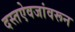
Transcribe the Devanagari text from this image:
दस्तऐवजांवरून